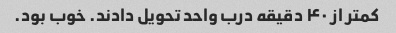
کمتر از ۴۰ دقیقه درب واحد تحویل دادند. خوب بود.